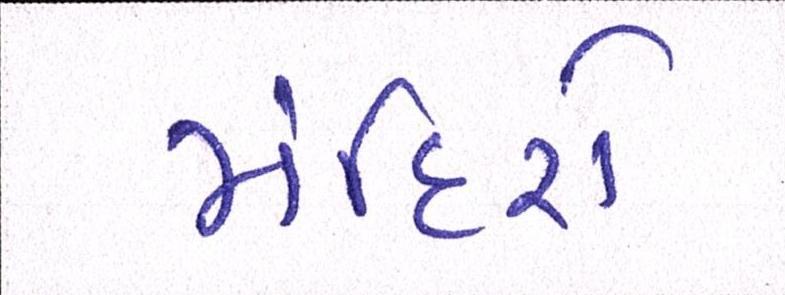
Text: મંદિરો